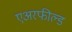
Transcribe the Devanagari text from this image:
एअरफील्ड